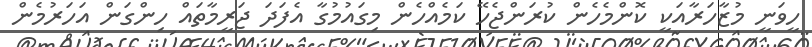
ހީވަނީ މުޒާހަރާއަކީ ކޮންމެހެން ކުރަންޖެހޭ ކަމެއްހެން މިގައުމުގާ އެފަދަ ޖަރީމާތައް ހިންގަން އަހަރުމެން